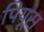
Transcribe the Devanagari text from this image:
पियूस